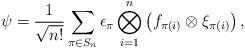
LaTeX: \begin{align*}\psi=\frac{1}{\sqrt{n!}}\sum_{\pi\in S_n} \epsilon_\pi \bigotimes_{i=1}^n\left(f_{\pi(i)}\otimes\xi_{\pi(i)}\right),\end{align*}